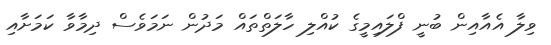
ވިލާ އެއާއިން ބުނީ ފްލައިމީގެ ކުއްލި ހާލަތްތައް މަދުން ނަމަވެސް ދިމާވާ ކަމަށާއި